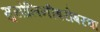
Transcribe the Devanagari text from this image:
मुसोलिनीबरोबरचा